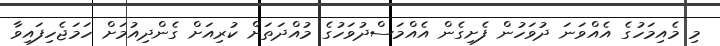
މި މެއިމަހުގެ އެއްވަނަ ދުވަހުން ފެށިގެން އެއްމަސްދުވަހުގެ މުއްދަތަށް ކުރިއަށް ގެންދިއުމަށް ހަމަޖެހިފައިވާ